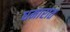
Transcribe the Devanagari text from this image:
धमारात